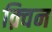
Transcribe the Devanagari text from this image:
क़्विन